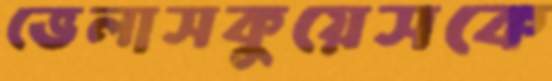
ভেলাসকুয়েসকে